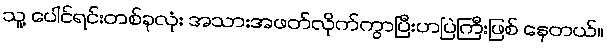
သူ့ ပေါင်ရင်းတစ်ခုလုံး အသားအဖတ်လိုက်ကွာပြီးဟပြဲကြီးဖြစ် နေတယ်။